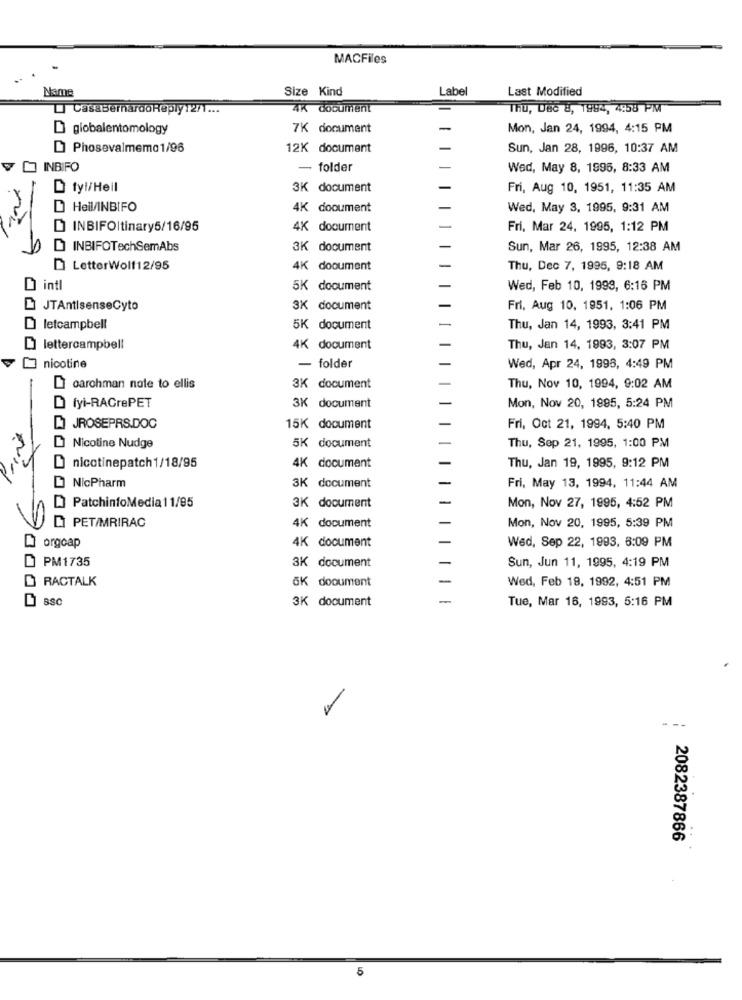
MACFiles
Name
Size Kind
Label
Last Modified
CasaBernardoReply12/1 ...
4K document
Thu, Dec 8, 1994, 4:58 PM
D globalentomology
7K document
Mon, Jan 24, 1994, 4:15 PM
Phosevalmemo1/96
12K document
Sun, Jan 28, 1996, 10:37 AM
INBIFO
- folder
Wed, May 8, 1996, 8:33 AM
fyl/Heil
3K document
Fri, Aug 10, 1951, 11:35 AM
Heil/INBIFO
4K document
Wed, May 3, 1995, 9:31 AM
INBIFOItinary5/16/95
4K document
Fri, Mar 24, 1995, 1:12 PM
INBIFOTechSemAbs
3K document
Sun, Mar 26, 1995, 12:38 AM
LetterWolf12/95
4K document
Thu, Dec 7, 1995, 9:18 AM
O intl
5K document
Wed, Feb 10, 1999, 6:16 PM
JTAntisenseCyto
3K document
Fri, Aug 10, 1951, 1:06 PM
letcampbell
5K document
Thu, Jan 14, 1993, 3:41 PM
lettercampbell
4K document
Thu, Jan 14, 1993, 3:07 PM
nicotine
- folder
Wed, Apr 24, 1998, 4:49 PM
Di carohman note to ellis
3K document
Thu, Nov 10, 1994, 9:02 AM
D fyi-RAGrePET
3K document
Mon, Nov 20, 1995, 5:24 PM
JROSEPRS.DOC
15K document
Fri, Oct 21, 1994, 5:40 PM
5K document
Nicotine Nudge
Thu, Sep 21, 1995, 1:00 PM
nicotinepatch1/18/95
4K document
Thu, Jan 19, 1995, 9:12 PM
NicPharm
Fri, May 13, 1994, 11:44 AM
3K document
PatchinfoMedia 11/95
3K document
Mon, Nov 27, 1995, 4:52 PM
4K document
DI PET/MRIRAC
Mon, Nov 20, 1995, 5:39 PM
4K document
orgcap
Wed, Sep 22, 1993, 8:09 PM
PM1735
3K document
Sun, Jun 11, 1995, 4:19 PM
RACTALK
GK dooument
Wed, Feb 18, 1992, 4:51 PM
3K document
-
Tue, Mar 16, 1993, 5:16 PM
---
2082387866
5